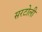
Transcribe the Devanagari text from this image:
सरटोली